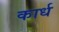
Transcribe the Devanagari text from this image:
कार्ध